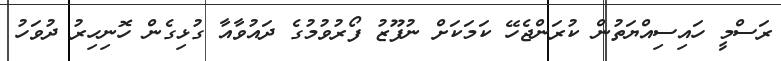
ރަސްމީ ހައިސިއްޔަތުން ކުރަންޖެހޭ ކަމަކަށް ނުފޫޒު ފޯރުވުމުގެ ދައުވާއާ ގުޅިގެން ހޮނިހިރު ދުވަހު